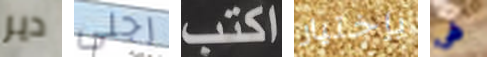
دير رجلى اكتب بإختيار فى